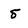
Character: 5